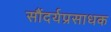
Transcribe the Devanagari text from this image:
सौंदर्यप्रसाधक